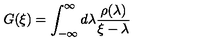
G ( \xi ) = \int _ { - \infty } ^ { \infty } d \lambda \frac { \rho ( \lambda ) } { \xi - \lambda }